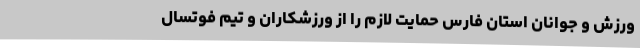
ورزش و جوانان استان فارس حمایت لازم را از ورزشکاران و تیم فوتسال